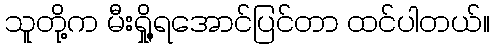
သူတို့က မီးရှို့ရအောင်ပြင်တာ ထင်ပါတယ်။